Source: Handwritten
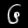
Digit: ၆ (6)